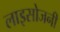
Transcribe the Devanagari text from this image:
लाइसोजनी